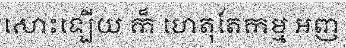
សោះឡើយ ក៏ ហេតុតែកម្ម អញ